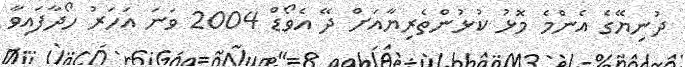
ދުނިޔޭގެ އެންމެ މޮޅު ކުޅުންތެރިޔާއަށް ދޭ އެވޯޑް 2004 ވަނަ އަހަރު ހޯދާފައިވާ